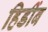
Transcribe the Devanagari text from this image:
हिडींब